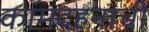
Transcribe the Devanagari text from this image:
कामदहनाची